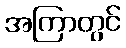
အကြာတွင်